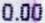
0.00